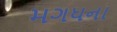
મગધના